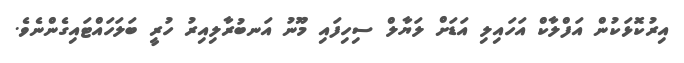
އިރުކޮޅަކުން އަފްލާކް އަހައިލި އަޑަށް ލަޔާލް ސިހިފައި މޫނު އަނބުރާލިއިރު ހުރީ ބަލަހައްޓައިގެންނެވެ.